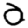
Digit: 0